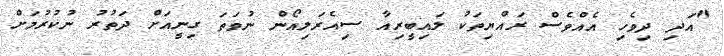
"އަދި ދިވެހި އެއްވެސް ރައްޔިތަކު ލައިބީރިއާ ސިއެރަލިއޯން ނުވަތަ ގިނީއަށް ދަތުރު ނުކުރުމަށް